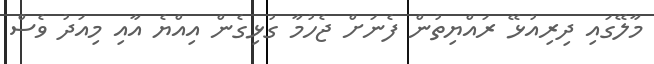
މާލޭގައި ދިރިއުޅޭ ރައްޔިތުން ފެނަށް ޖެހުމާ ގުޅިގެން އިއްޔެ އާއި މިއަދު ވެސް